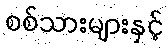
စစ်သားများနှင့်